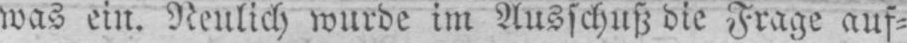
was ein. Neulich wurde im Ausschuß die Frage auf⸗